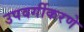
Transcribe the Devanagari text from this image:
उपवर्गीकरणे